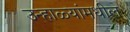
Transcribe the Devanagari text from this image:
उन्हाळ्यांमधील